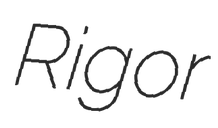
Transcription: Rigor